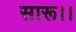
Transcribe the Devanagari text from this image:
सारू।।